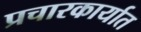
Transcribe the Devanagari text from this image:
प्रचारकार्यात